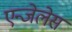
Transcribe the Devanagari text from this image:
एन्जेलेस